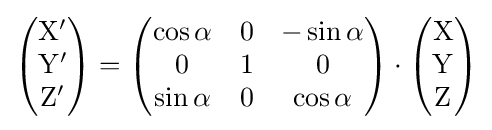
{\begin{pmatrix}\mathrm {X} '\\\mathrm {Y} '\\\mathrm {Z} '\\\end{pmatrix}}={\begin{pmatrix}\cos \alpha &0&-\sin \alpha \\0&1&0\\\sin \alpha &0&\cos \alpha \\\end{pmatrix}}\cdot {\begin{pmatrix}\mathrm {X} \\\mathrm {Y} \\\mathrm {Z} \\\end{pmatrix}}